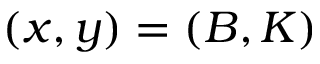
( x , y ) = ( B , K )